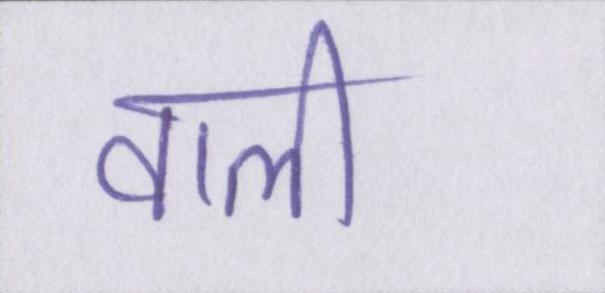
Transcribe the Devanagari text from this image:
वाली